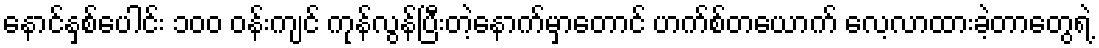
နောင်နှစ်ပေါင်း ၁၀၀ ဝန်းကျင် ကုန်လွန်ပြီးတဲ့နောက်မှာတောင် ဟက်စ်တယောက် လေ့လာထားခဲ့တာတွေရဲ့